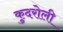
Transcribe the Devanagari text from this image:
कुदरोली